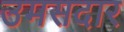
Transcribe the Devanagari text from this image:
उमसदार